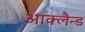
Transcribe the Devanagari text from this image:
आक्लैन्ड